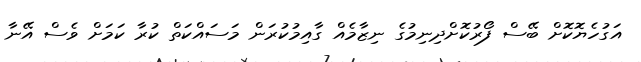
އަގުހެޔޮކޮށް ބޭސް ފޯރުކޮށްދިނިމުގެ ނިޒާމެއް ގާއިމުކުރަން މަސައްކަތް ކުރާ ކަމަށް ވެސް އޭނާ